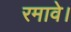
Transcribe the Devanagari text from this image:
रमावे।